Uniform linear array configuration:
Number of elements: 32
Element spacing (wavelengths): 1
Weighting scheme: exponential
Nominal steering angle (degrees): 30
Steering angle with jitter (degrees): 31.069
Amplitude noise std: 0.05
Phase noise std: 0.05

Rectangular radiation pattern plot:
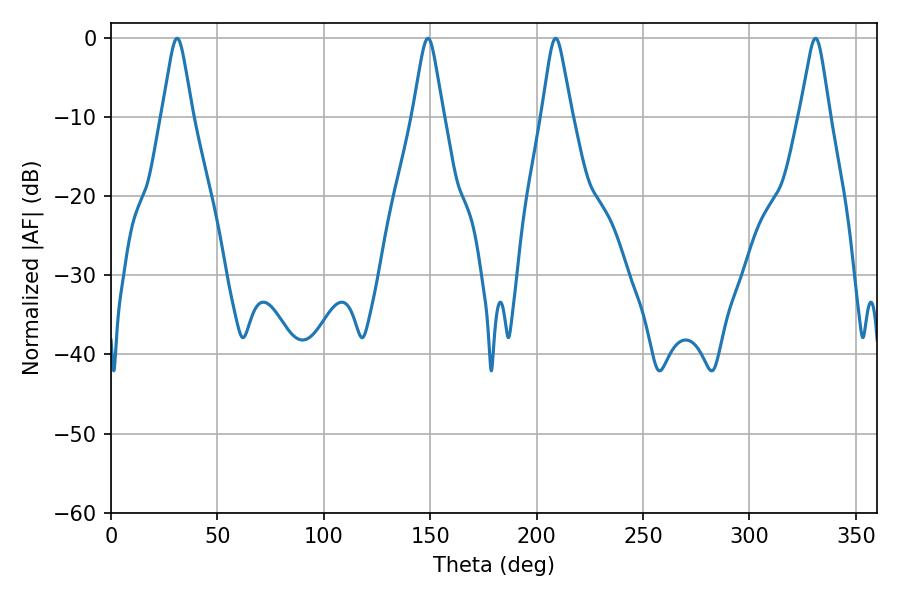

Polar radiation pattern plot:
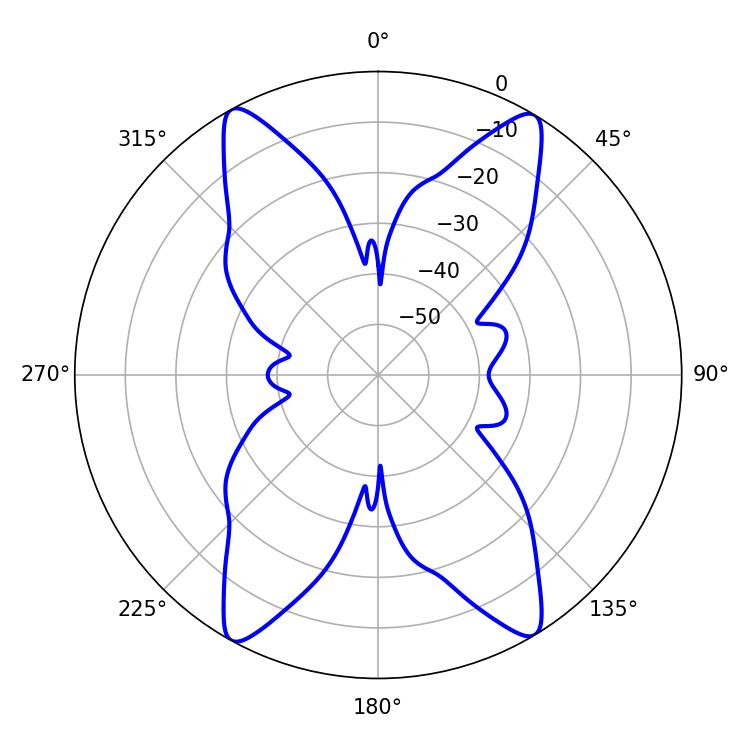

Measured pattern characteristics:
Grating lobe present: TRUE
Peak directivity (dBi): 23.406
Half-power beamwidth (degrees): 6.66
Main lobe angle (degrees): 208.98